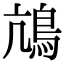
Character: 䲳